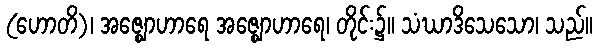
(ဟောတိ)၊ အဇ္ဈောဟာရေ အဇ္ဈောဟာရေ၊ တိုင်း၌။ သံဃာဒိသေသော၊ သည်။